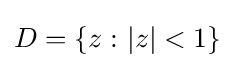
D=\{z\,\colon |z|<1\}